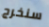
سنخرج